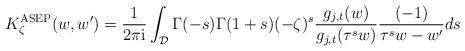
LaTeX: \begin{align*}K_{\zeta}^{\rm ASEP}(w,w') = \frac{1}{2\pi \mathrm{i}}\int_{\mathcal{D}} \Gamma(-s)\Gamma(1+s)(-\zeta)^s \frac{g_{j,t}(w)}{g_{j,t}(\tau^s w)} \frac{(-1)}{\tau^s w-w'}ds\end{align*}